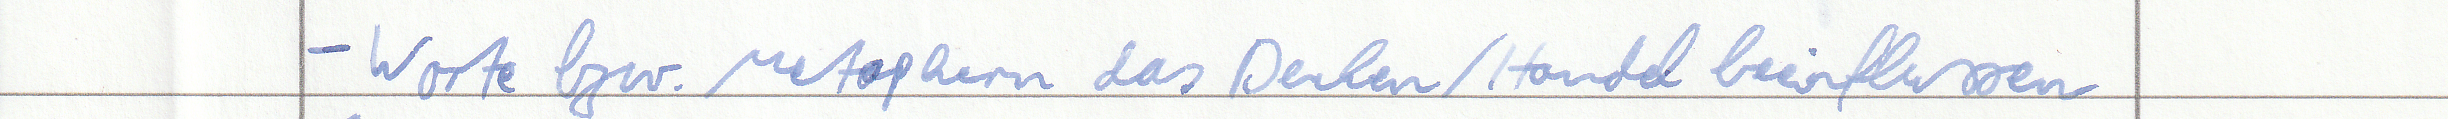
- Worte bzw. Metaphern das Denken / Handeln beeinflussen